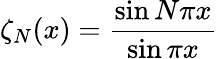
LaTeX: \zeta_{N}{(x)}=\frac{\sin N\pi x}{\sin\pi x}